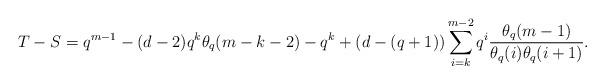
LaTeX: \begin{align*}T-S = q^{m-1} -(d-2)q^k \theta_q(m-k-2) - q^k +(d-(q+1)) \sum_{i=k}^{m-2} q^i \frac{\theta_q(m-1)}{\theta_q(i)\theta_q(i+1)}.\end{align*}